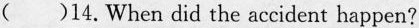
( )14.When did the accident happen?